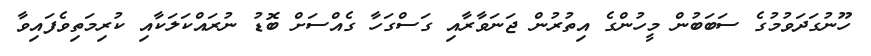
ހޫނުގަދަވުމުގެ ސަބަބުން މީހުންގެ އިތުރުން ޖަނަވާރާއި ގަސްގަހާ ގެއްސަށް ބޮޑު ނުރައްކަލަކާއި ކުރިމަތިވެފައިވާ